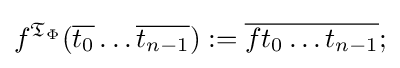
f^{{\mathfrak {T}}_{\Phi }}({\overline {t_{0}}}\ldots {\overline {t_{n-1}}}):={\overline {ft_{0}\ldots t_{n-1}}};